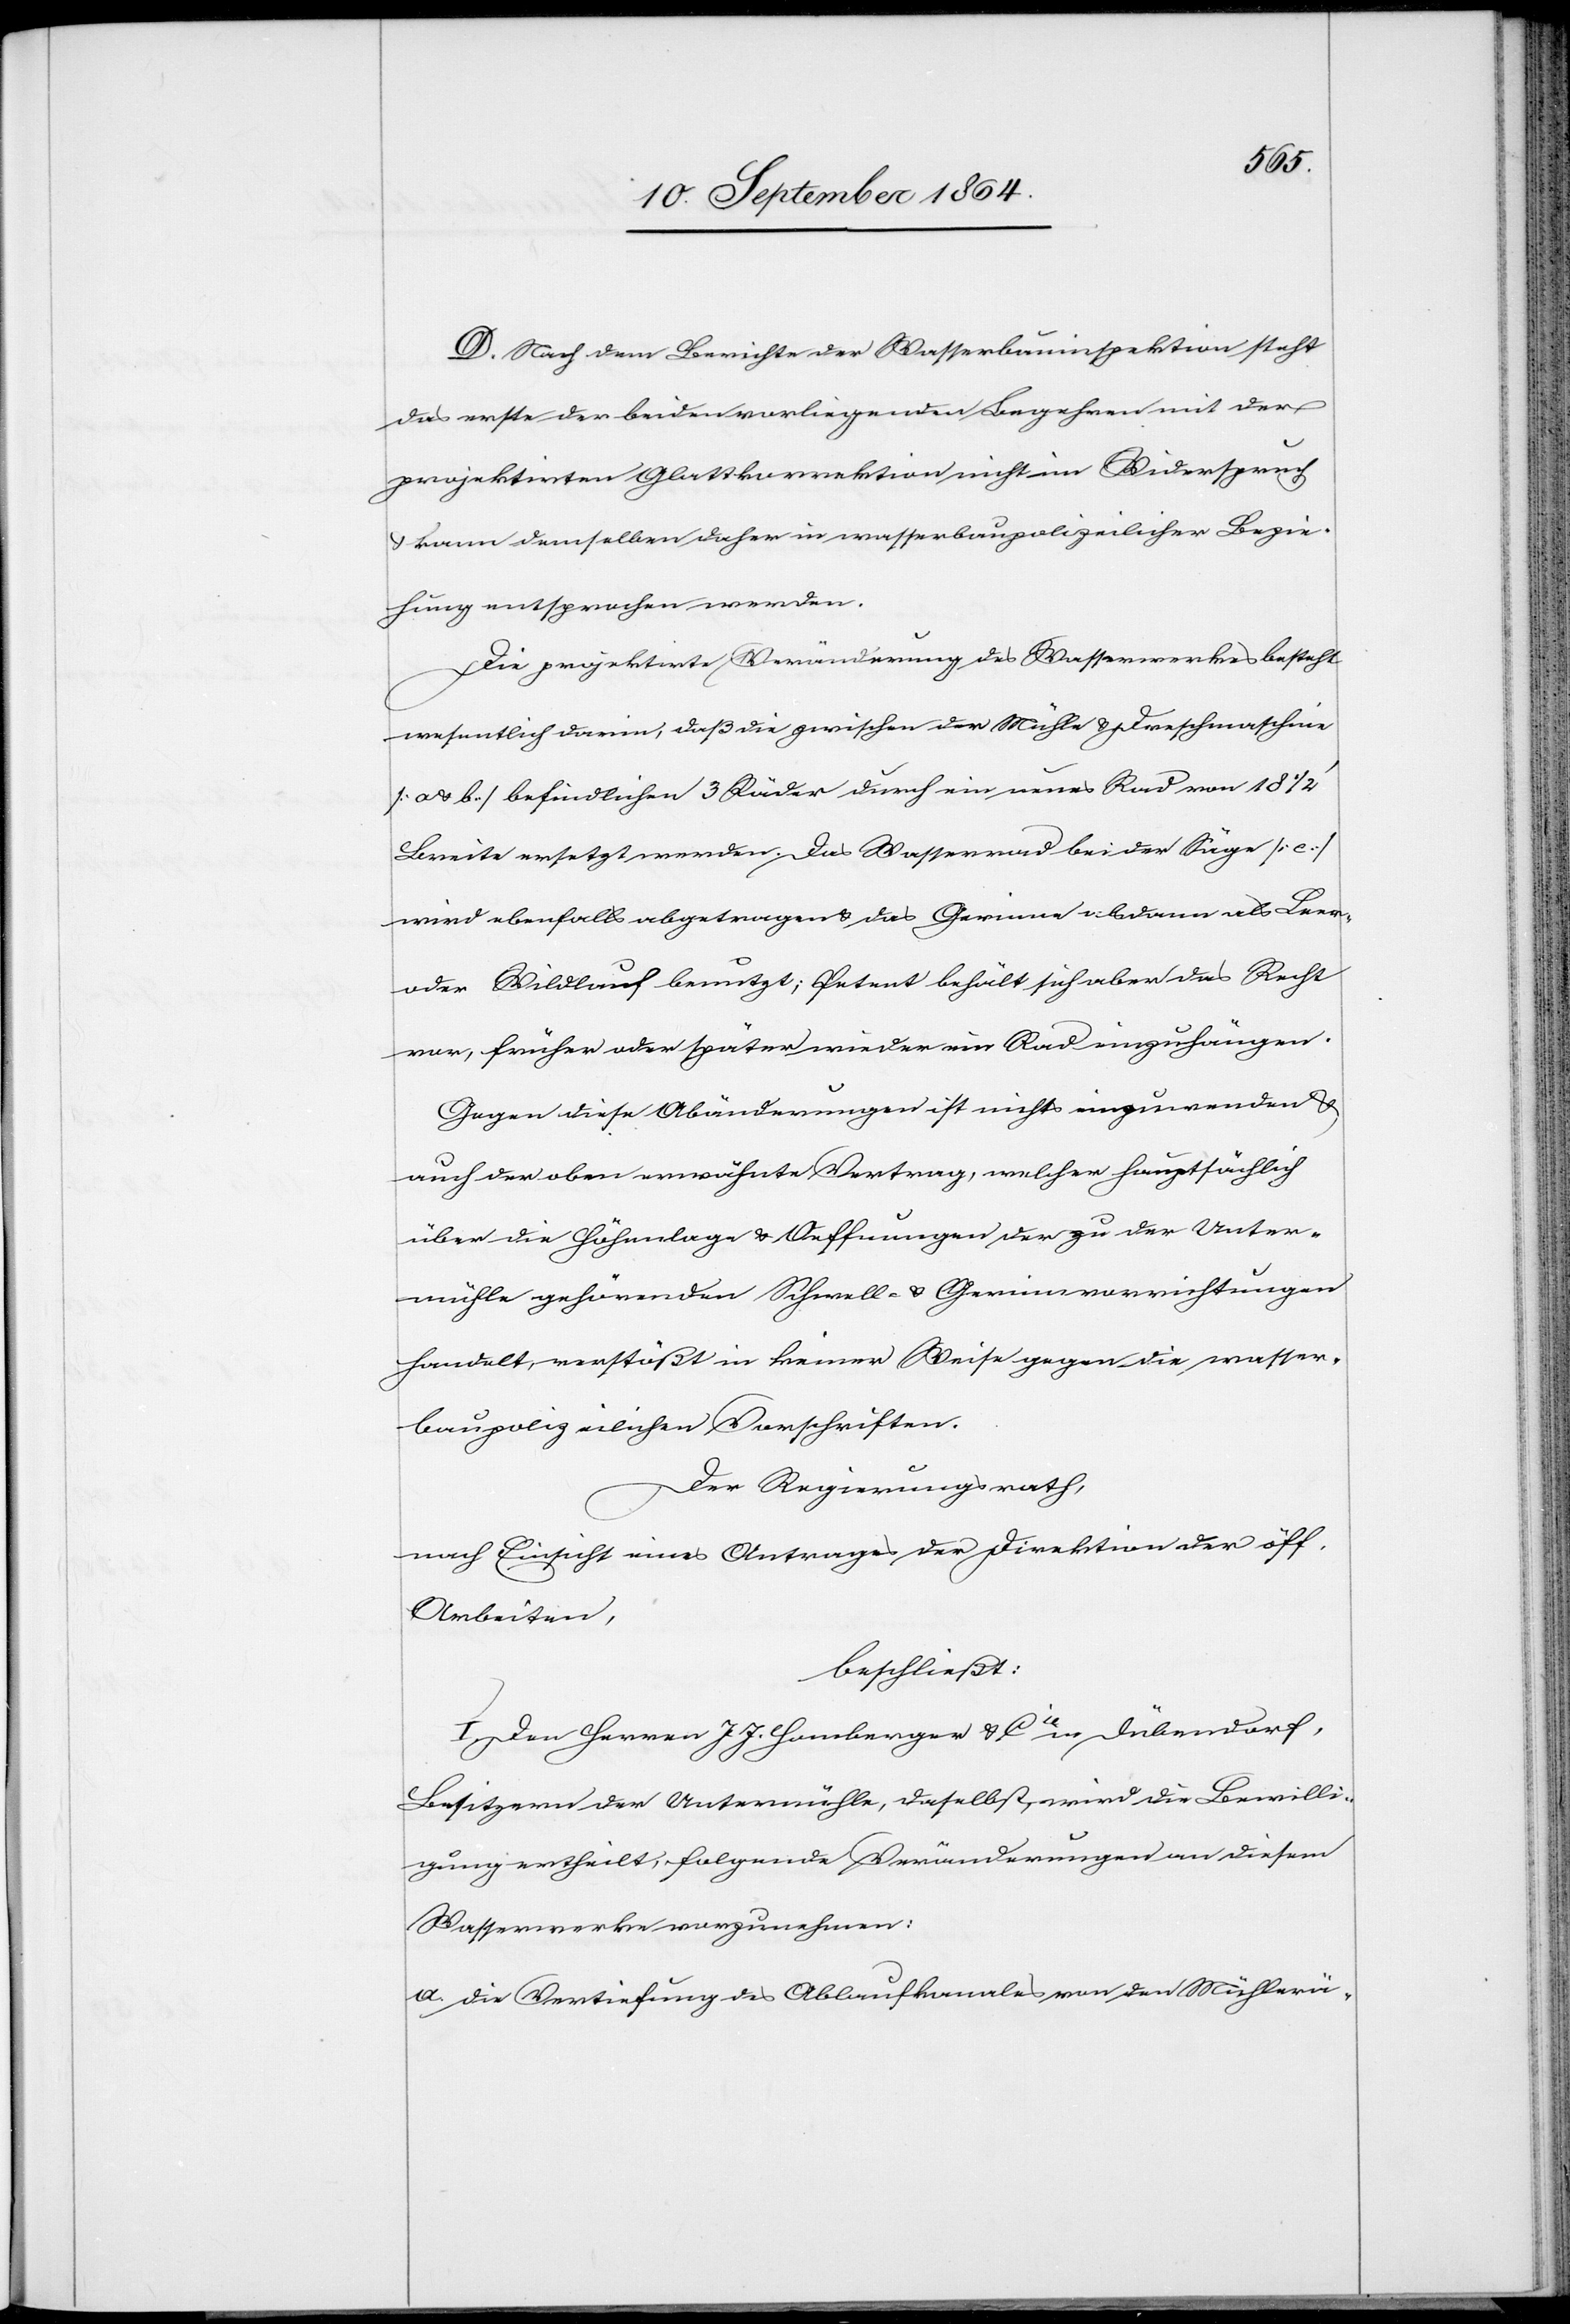
Nach dem Berichte der Wasserbauinspektion steht
das erste der beiden vorliegenden Begehren mit der
projektirten Glattkorrektion nicht im Widerspruch
& kann demselben daher in wasserbaupolizeilicher Bezie¬
hung entsprochen werden.
Die projektirte Veränderung des Wasserwerkes besteht
wesentlich darin, daß die zwischen der Mühle & Dreschmaschine
[a & b] befindlichen 3 Räder durch ein neues Rad von 18 1/2’
Breite ersetzt werden. Das Wasserrad bei der Säge [c]
wird ebenfalls abgetragen & das Gerinne alsdann als Leer-
oder Wildlauf benutzt; Petent behält sich aber das Recht
vor, früher oder später wieder ein Rad einzuhängen.
Gegen diese Abänderungen ist nichts einzuwenden &
auch der oben erwähnte Vertrag, welcher hauptsächlich
über die Höhenlage & Oeffnungen der zu der Unter¬
mühle gehörenden Schwell- & Gerinnvorrichtungen
handelt, verstößt in keiner Weise gegen die wasser¬
baupolizeilichen Vorschriften.
Der Regierungsrath,
nach Einsicht eines Antrages der Direktion der öff.
Arbeiten,
beschließt:
I. Den Herren J. J. Homberger & Cie in Dübendorf,
Besitzern der Untermühle daselbst, wird die Bewilli¬
gung ertheilt, folgende Veränderungen an diesem
Wasserwerke vorzunehmen:
a.	die Vertiefung des Ablaufkanales von den Mühlerä-